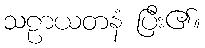
သဠာယတနံ ပြီး၏။